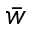
\bar { w }